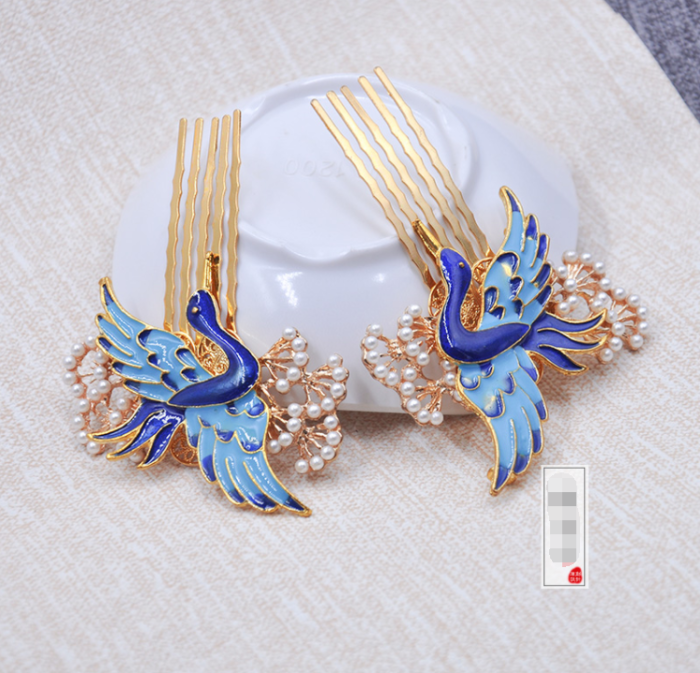
未羞他双燕归来，画帘半卷。